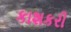
કાશકરી